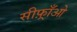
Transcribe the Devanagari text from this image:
सीफ़्राँओ